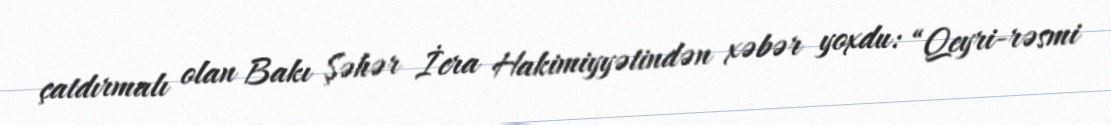
çatdırmalı olan Bakı Şəhər İcra Hakimiyyətindən xəbər yoxdu: “Qeyri-rəsmi